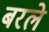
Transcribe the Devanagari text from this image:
बरले